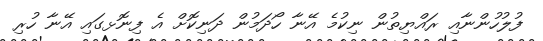
ފުލުހުންނާއި ރައްޔިތުން ނިކުމެ އޭނާ ހޯދަމުން ދަނިކޮށް އެ ފިނޮޅގައި އޭނާ ހުރި